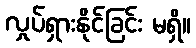
လှုပ်ရှားနိုင်ခြင်း မရှိ။